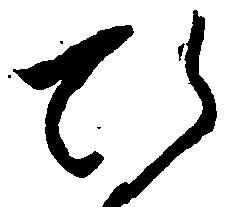
ひ